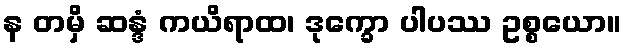
န တမှိ ဆန္ဒံ ကယိရာထ၊ ဒုက္ခော ပါပဿ ဥစ္စယော။